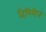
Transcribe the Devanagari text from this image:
हिरिरीनं